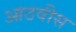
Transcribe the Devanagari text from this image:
आठवीस